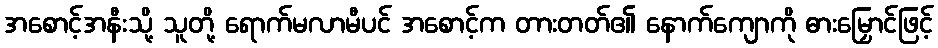
အစောင့်အနီးသို့ သူတို့ ရောက်မလာမီပင် အစောင့်က တားတတ်၏ နောက်ကျောကို ဓားမြှောင်ဖြင့်